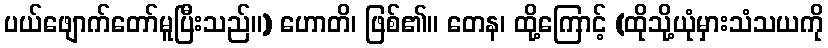
ပယ်ဖျောက်တော်မူပြီးသည်။) ဟောတိ၊ ဖြစ်၏။ တေန၊ ထို့ကြောင့် (ထိုသို့ယုံမှားသံသယကို